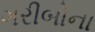
ગરીબોના